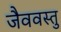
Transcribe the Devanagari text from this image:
जैववस्तु